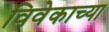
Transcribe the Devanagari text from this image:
विवेकाच्या